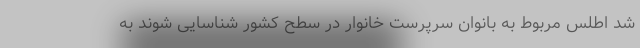
شد اطلس مربوط به بانوان سرپرست خانوار در سطح کشور شناسایی شوند به